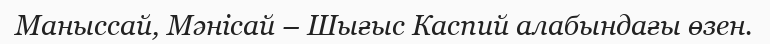
Маныссай, Мәнісай – Шығыс Каспий алабындағы өзен.